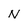
Character: N